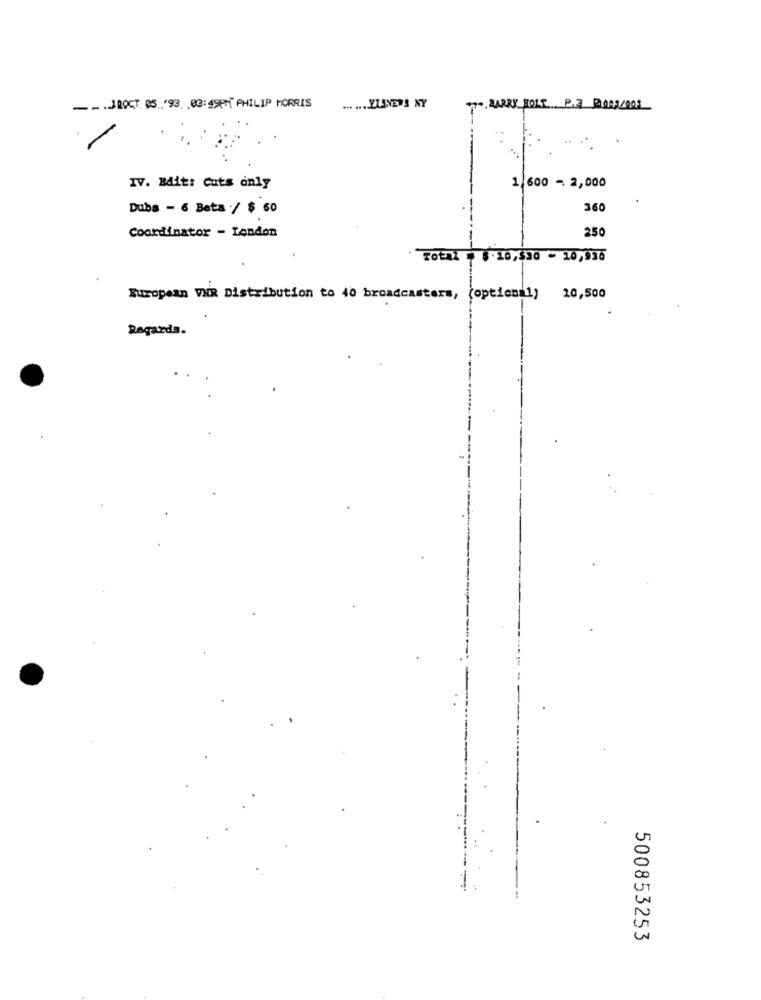
--. JROCT. @S .. '93. . 03:49PM PHILIP MORRIS
... .... YLANEWS NY
17- BARRY FORT P.3 POR3COOR
IV. Bdit: Cuts only
1,600 - 2,000
Duba - 6 Beta / $ 50
360
250
Coordinator - London
Total $ $.10,$30 - 10,936
European VER Distribution to 40 broadcasters,
(optional) 10,500
Regards.
500853253